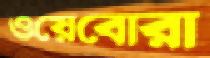
ওয়েবোরা